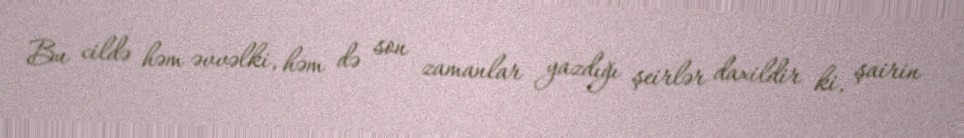
Bu cildə həm əvvəlki, həm də son zamanlar yazdığı şeirlər daxildir ki, şairin